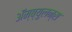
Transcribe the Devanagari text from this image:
ॲम्ब्युलन्स